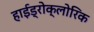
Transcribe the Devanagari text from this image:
हाईड्रोक्लोरिक